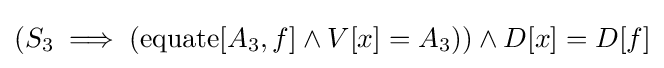
(S_{3}\implies (\operatorname {equate} [A_{3},f]\land V[x]=A_{3}))\land D[x]=D[f]